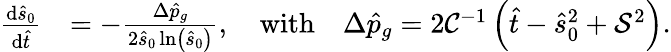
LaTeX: \begin{array}{rl}{\frac{\mathrm{d}\hat{s}_{0}}{\mathrm{d}\hat{t}}}&{=-\frac{\Delta\hat{p}_{g}}{2\hat{s}_{0}\ln\left(\hat{s}_{0}\right)},\quad\textrm{with}\quad\Delta\hat{p}_{g}=2\mathcal{C}^{-1}\left(\hat{t}-\hat{s}_{0}^{2}+\mathcal{S}^{2}\right).}\end{array}